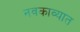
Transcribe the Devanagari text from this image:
नवकाव्यात